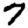
Digit: 7